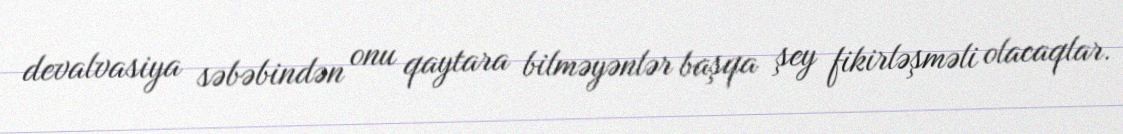
devalvasiya səbəbindən onu qaytara bilməyənlər başqa şey fikirləşməli olacaqlar.